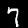
Digit: 7